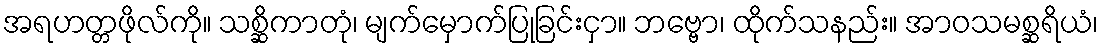
အရဟတ္တဖိုလ်ကို။ သစ္ဆိကာတုံ၊ မျက်မှောက်ပြုခြင်းငှာ။ ဘဗ္ဗော၊ ထိုက်သနည်း။ အာဝသမစ္ဆရိယံ၊